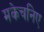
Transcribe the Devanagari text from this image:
मकेचनिए